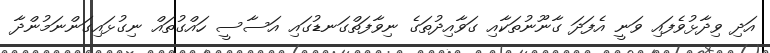
އަދި ވިދާޅުވެފައި ވަނީ އެފަދަ ގާނޫނުތަކާއި ގަވާއިދުތަގެ ނިވާފަތްގަނޑުގައި އަސާސީ ހައްގުތައް ނިގުޅައިގަންނަމުންދާ